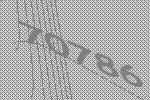
70786